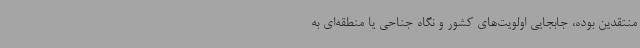
منتقدین بوده، جابجایی اولویت‌های کشور و نگاه جناحی یا منطقه‌ای به